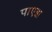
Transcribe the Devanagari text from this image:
पाएझ